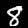
Digit: 8